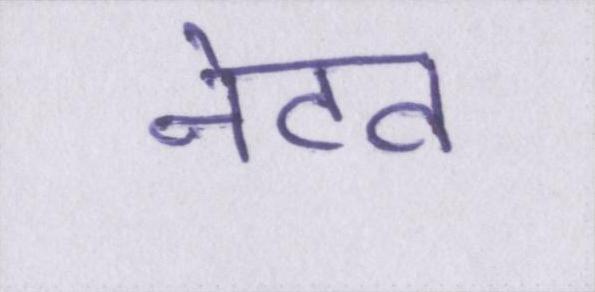
नेटव